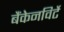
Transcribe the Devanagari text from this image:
बैंकेनविर्टे